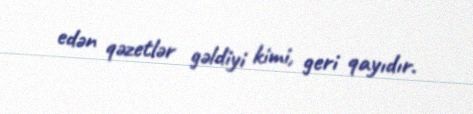
edən qəzetlər gəldiyi kimi, geri qayıdır.